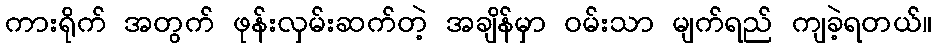
ကားရိုက် အတွက် ဖုန်းလှမ်းဆက်တဲ့ အချိန်မှာ ဝမ်းသာ မျက်ရည် ကျခဲ့ရတယ်။